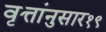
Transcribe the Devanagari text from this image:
वृत्तांनुसार१९